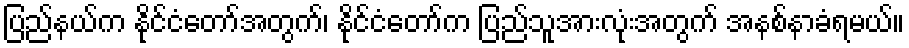
ပြည်နယ်က နိုင်ငံတော်အတွက်၊ နိုင်ငံတော်က ပြည်သူအားလုံးအတွက် အနစ်နာခံရမယ်။